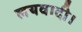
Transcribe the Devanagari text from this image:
लयवादी।